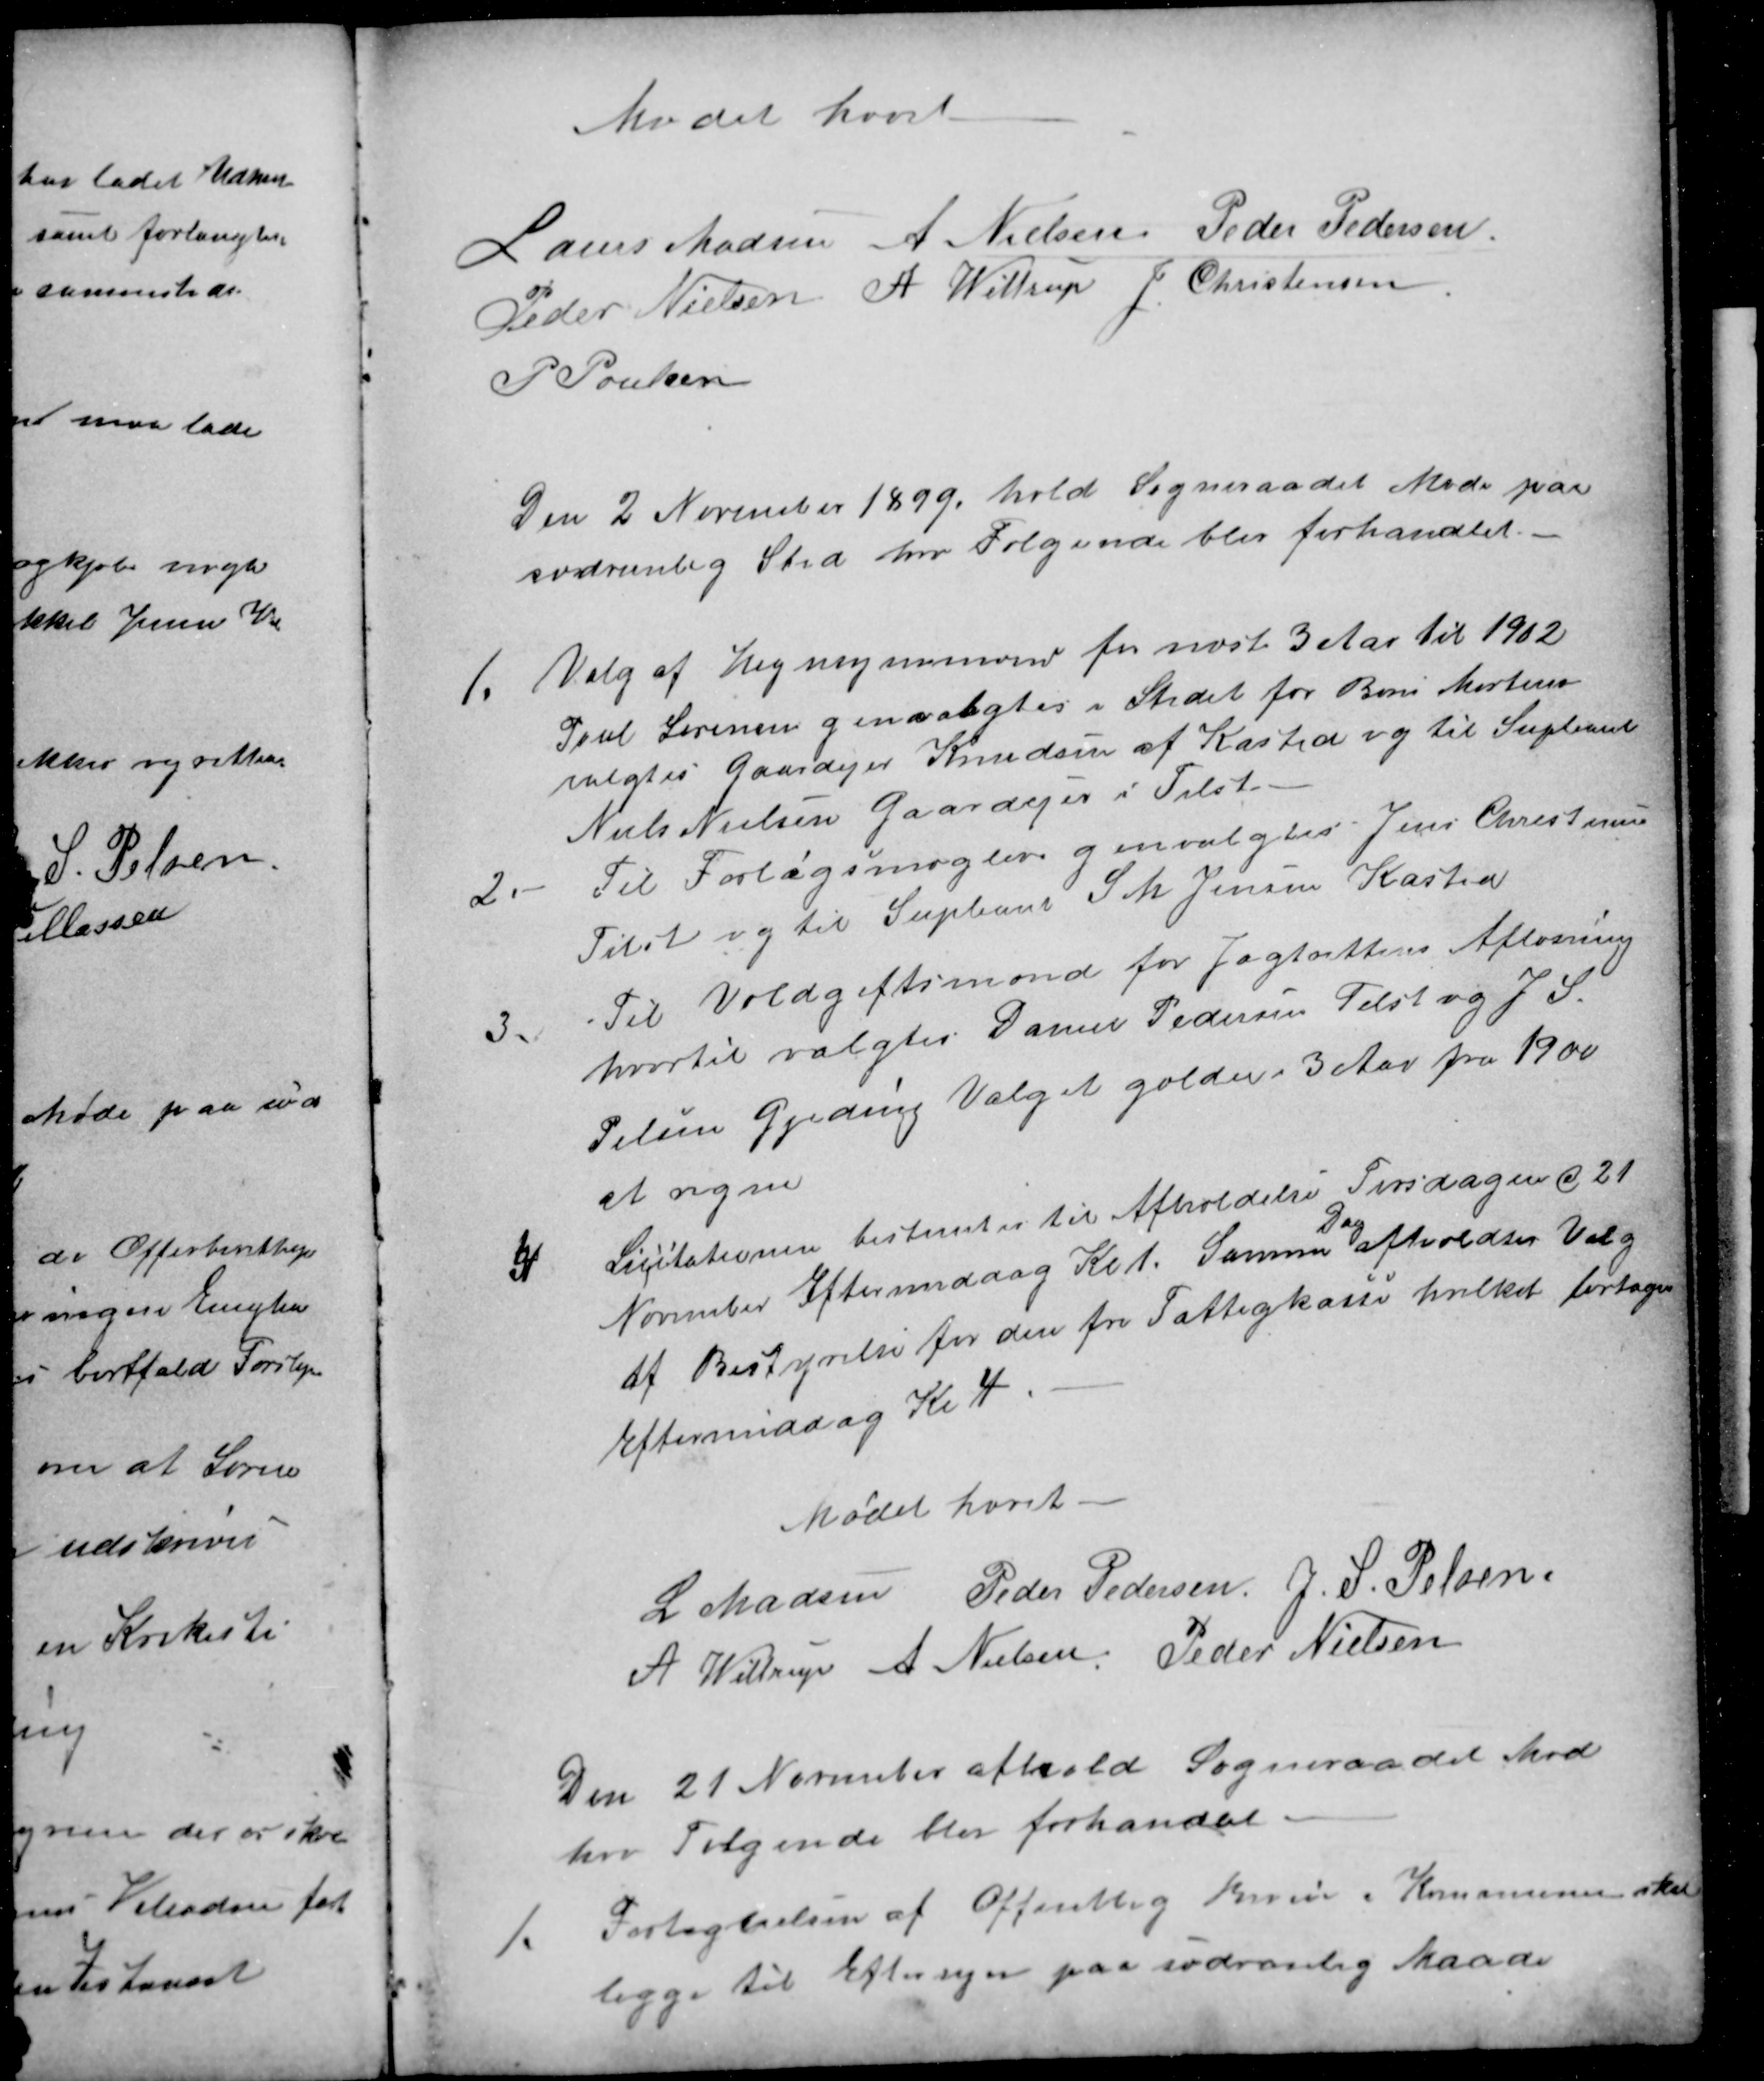
Transskription:
Mødet hævet
Laurs Madsen
A Nielsen
Peder Pedersen
Peder Nielsen
A Wittrup
J. Christensen
P Poulsen
Den 2 November 1899. hold Sogneraadet Møde paa
sædvanlig Sted hvor Følgende blev forhandlet.
1.
Valg af Hegnsynsmænd for næste 3 Aar til 1902
Poul Sørensen genvalgtes i Stedet for Bone Mortensen
valgtes Gaardejer Knudsen af Kasted og til Supleant
Niels Nielsen Gaardejer i Tilst.
2.
Til Forligsmægler genvalgtes Jens Christensen
Tilst og til Supleant S. M. Jensen Kasted
3.
Til Voldgiftsmænd for Jagtrettens Afløsning
hvortil valgtes Daniel Pedersen Tilst og J. S.
Pelsen Gjeding Valget gælder i 3 Aar fra 1900
at regne
4
Licitationen bestemtes til Afholdelse Tirsdagen d 21
November Eftermiddag Kl. 1. Samme 
Dag
afholdtes Valg
af Bestyrelse for den fri Fattigkasse hvilket fortages
Eftermiddag Kl 4
Mødet hævet.
L Madsen
Peder Pedersen
J. S. Pelsen
A Wittrup
A Nielsen
Peder Nielsen
Den 21 November afhold Sogneraadet Mød
hvor Følgende blev forhandlet
1.
Fortegnelsen af Offentlig Stier i Kommunen skal
ligge til Eftersyn paa sædvanlig Maade